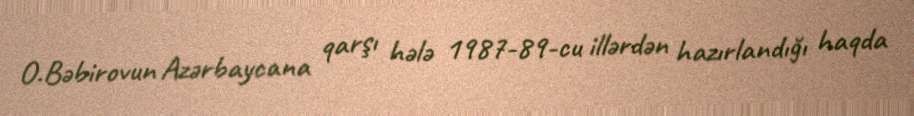
O.Bəbirovun Azərbaycana qarşı hələ 1987-89-cu illərdən hazırlandığı haqda